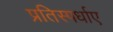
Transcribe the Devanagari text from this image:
प्रतिस्पर्धाए